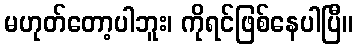
မဟုတ်တော့ပါဘူး၊ ကိုရင်ဖြစ်နေပါပြီ။